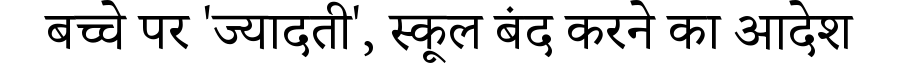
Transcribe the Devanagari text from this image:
बच्चे पर 'ज्यादती', स्कूल बंद करने का आदेश